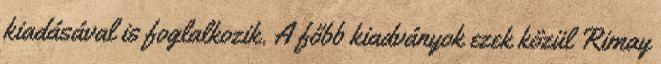
kiadásával is foglalkozik. A főbb kiadványok ezek közül Rimay